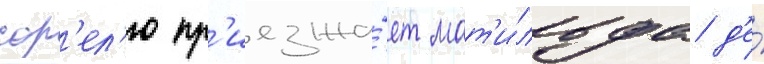
сор'ел'ю пр'иезжа́ет мат'и́льда д'е́